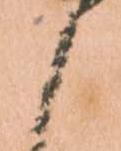
候